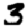
Digit: 3